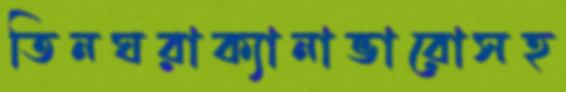
তিনঘরাক্যানাভারোসহ